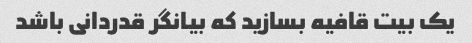
یک بیت قافیه بسازید که بیانگر قدردانی باشد